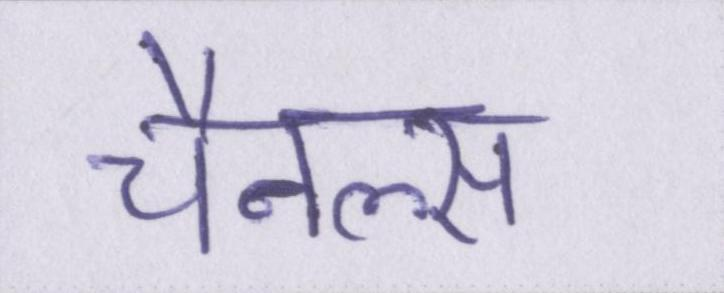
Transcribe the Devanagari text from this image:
चैनल्स